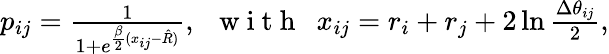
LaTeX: \begin{array}{r}{p_{ij}=\frac{1}{1+e^{\frac{\beta}{2}(x_{ij}-\hat{R})}},\, \, \, \mathrm{~w~i~t~h~}\, \, \, x_{ij}=r_{i}+r_{j}+2\ln\frac{\Delta\theta_{ij}}{2},}\end{array}